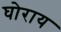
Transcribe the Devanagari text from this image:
घोराय